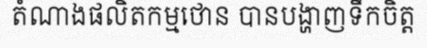
តំណាងផលិតកម្មថោន បានបង្ហាញទឹកចិត្ត